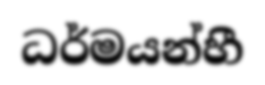
ධර්මයන්හී